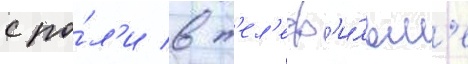
с ро́л'и в т'ел'еф'и́льм'е